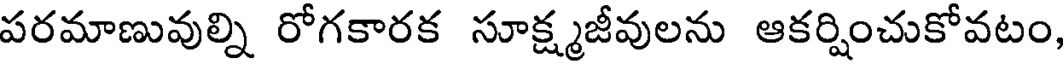
పరమాణువుల్ని రోగకారక సూక్ష్మజీవులను ఆకర్షించుకోవటం,